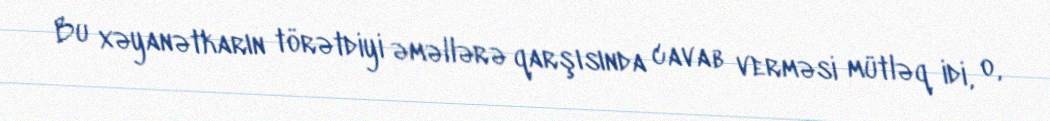
Bu xəyanətkarın törətdiyi əməllərə qarşısında cavab verməsi mütləq idi, o,